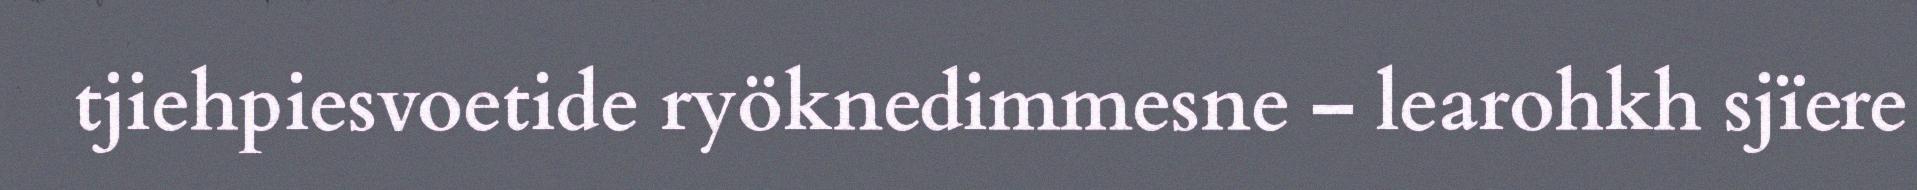
tjiehpiesvoetide ryöknedimmesne – learohkh sjïere